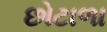
છોટાળા